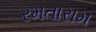
રમતારામ